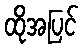
ထိုအပြင်